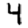
Digit: 4